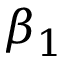
\beta _ { 1 }